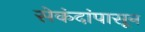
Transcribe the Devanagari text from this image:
सेकंदांपासून